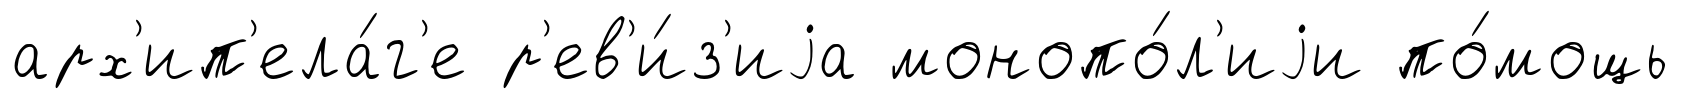
арх'ип'ела́г'е р'ев'и́з'иjа монопо́л'иjи по́мощь